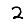
Digit: 2